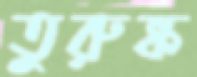
তুরুষ্ক